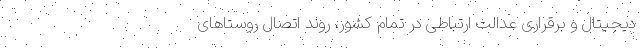
دیجیتال و برقراری عدالت ارتباطی در تمام کشور، روند اتصال روستاهای